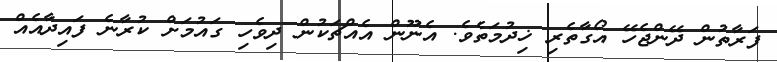
ފަރާތުން ދޭންޖެހޭ އޯގާތެރި ޚިދުމަތެވެ. އެނޫން އެއްޗަކުން ދިވެހި ގައުމަށް ކުރާނެ ފައިދާއެއް